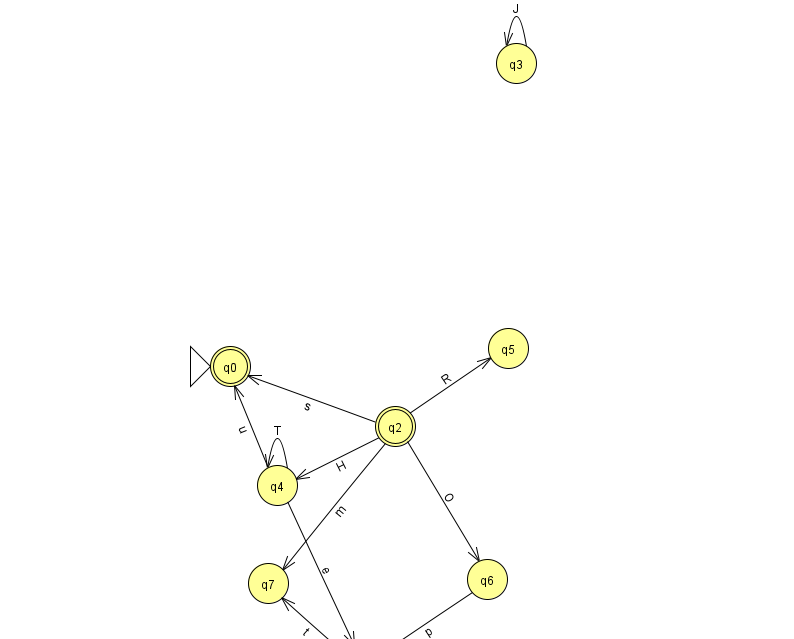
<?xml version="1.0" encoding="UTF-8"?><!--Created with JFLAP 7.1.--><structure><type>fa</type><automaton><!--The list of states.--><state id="0" name="q0"><x>230.0</x><y>353.0</y><initial/><final/></state><state id="1" name="q1"><x>360.0</x><y>651.0</y></state><state id="2" name="q2"><x>395.0</x><y>413.0</y><final/></state><state id="3" name="q3"><x>516.0</x><y>50.0</y></state><state id="4" name="q4"><x>277.0</x><y>472.0</y></state><state id="5" name="q5"><x>508.0</x><y>335.0</y></state><state id="6" name="q6"><x>487.0</x><y>566.0</y></state><state id="7" name="q7"><x>268.0</x><y>570.0</y></state><!--The list of transitions.--><transition><from>2</from><to>5</to><read>R</read></transition><transition><from>2</from><to>6</to><read>O</read></transition><transition><from>2</from><to>7</to><read>m</read></transition><transition><from>4</from><to>0</to><read>u</read></transition><transition><from>1</from><to>7</to><read>t</read></transition><transition><from>2</from><to>4</to><read>H</read></transition><transition><from>4</from><to>4</to><read>T</read></transition><transition><from>4</from><to>1</to><read>e</read></transition><transition><from>6</from><to>1</to><read>p</read></transition><transition><from>3</from><to>3</to><read>J</read></transition><transition><from>2</from><to>0</to><read>s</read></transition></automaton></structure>